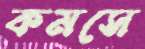
কমসে